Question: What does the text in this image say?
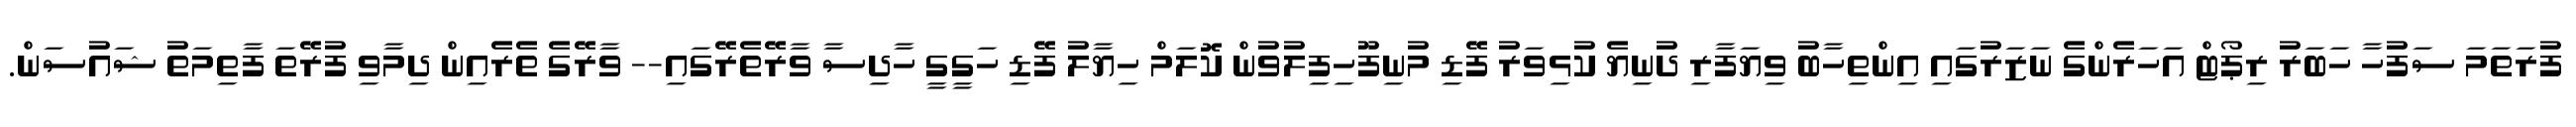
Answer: ފުރަތަމަ ސަފުހާ ހަބަރު ރިޕޯޓް އަހަރެންގެ ނަޒަރުގައި އިންތިހާބު ވިޔަފާރި ދުނިޔެ ކުޅިވަރު ފޭޑި މުނިފޫހިފިލުވުން ކޮލަމް ހިޔާލު ފޭޑި ހަގީގީ ހާދިސާ ވާރޭތެރޭގައި-- ވާރޭގެ ތެރެއިން ދިމާވި ފުރޭތަ ފާތިމަތު ޝައުސަން.